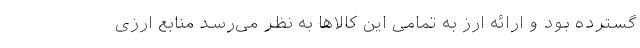
گسترده بود و ارائه ارز به تمامی این کالاها به نظر می‌رسد منابع ارزی